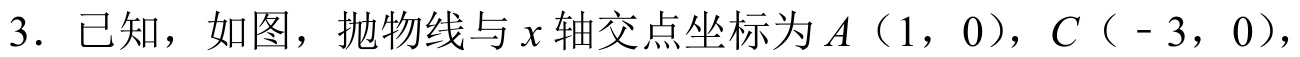
3. 已知，如图，抛物线与\(x\)轴交点坐标为\(A\)（1，0），\(C\)（ - 3，0），